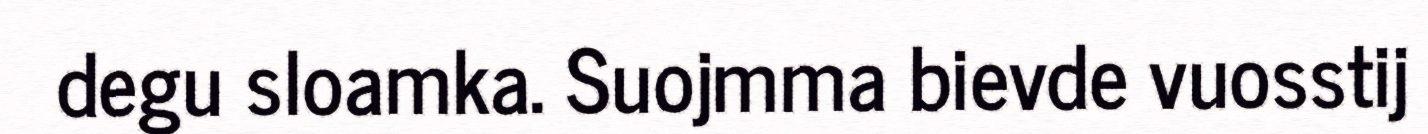
degu sloamka. Suojmma bievde vuosstij